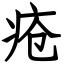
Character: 疮